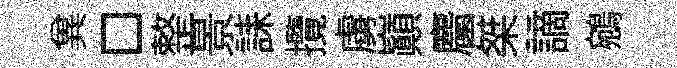
兾□整景誄攬虜巔麕桀謫鵷